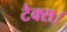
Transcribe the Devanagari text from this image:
टैक्स।